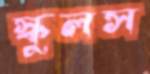
স্কুলস